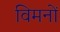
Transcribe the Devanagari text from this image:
विमनों